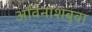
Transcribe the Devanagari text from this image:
अविनाशबुवा